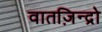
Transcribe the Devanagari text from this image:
वातज़िन्द्रो